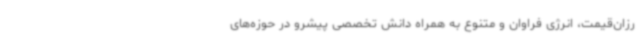
رزان‌قیمت، انرژی فراوان و متنوع به همراه دانش تخصصی پیشرو در حوزه‌های